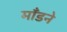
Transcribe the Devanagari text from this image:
माँडने